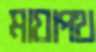
মায়াপথ